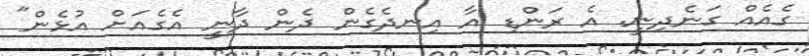
ގެއެއް ގަނެދިނީ. އެ ރަންޑި އާ އިނދެގެން ދެން ދާނީ އެގެއަށް އުޅެން"